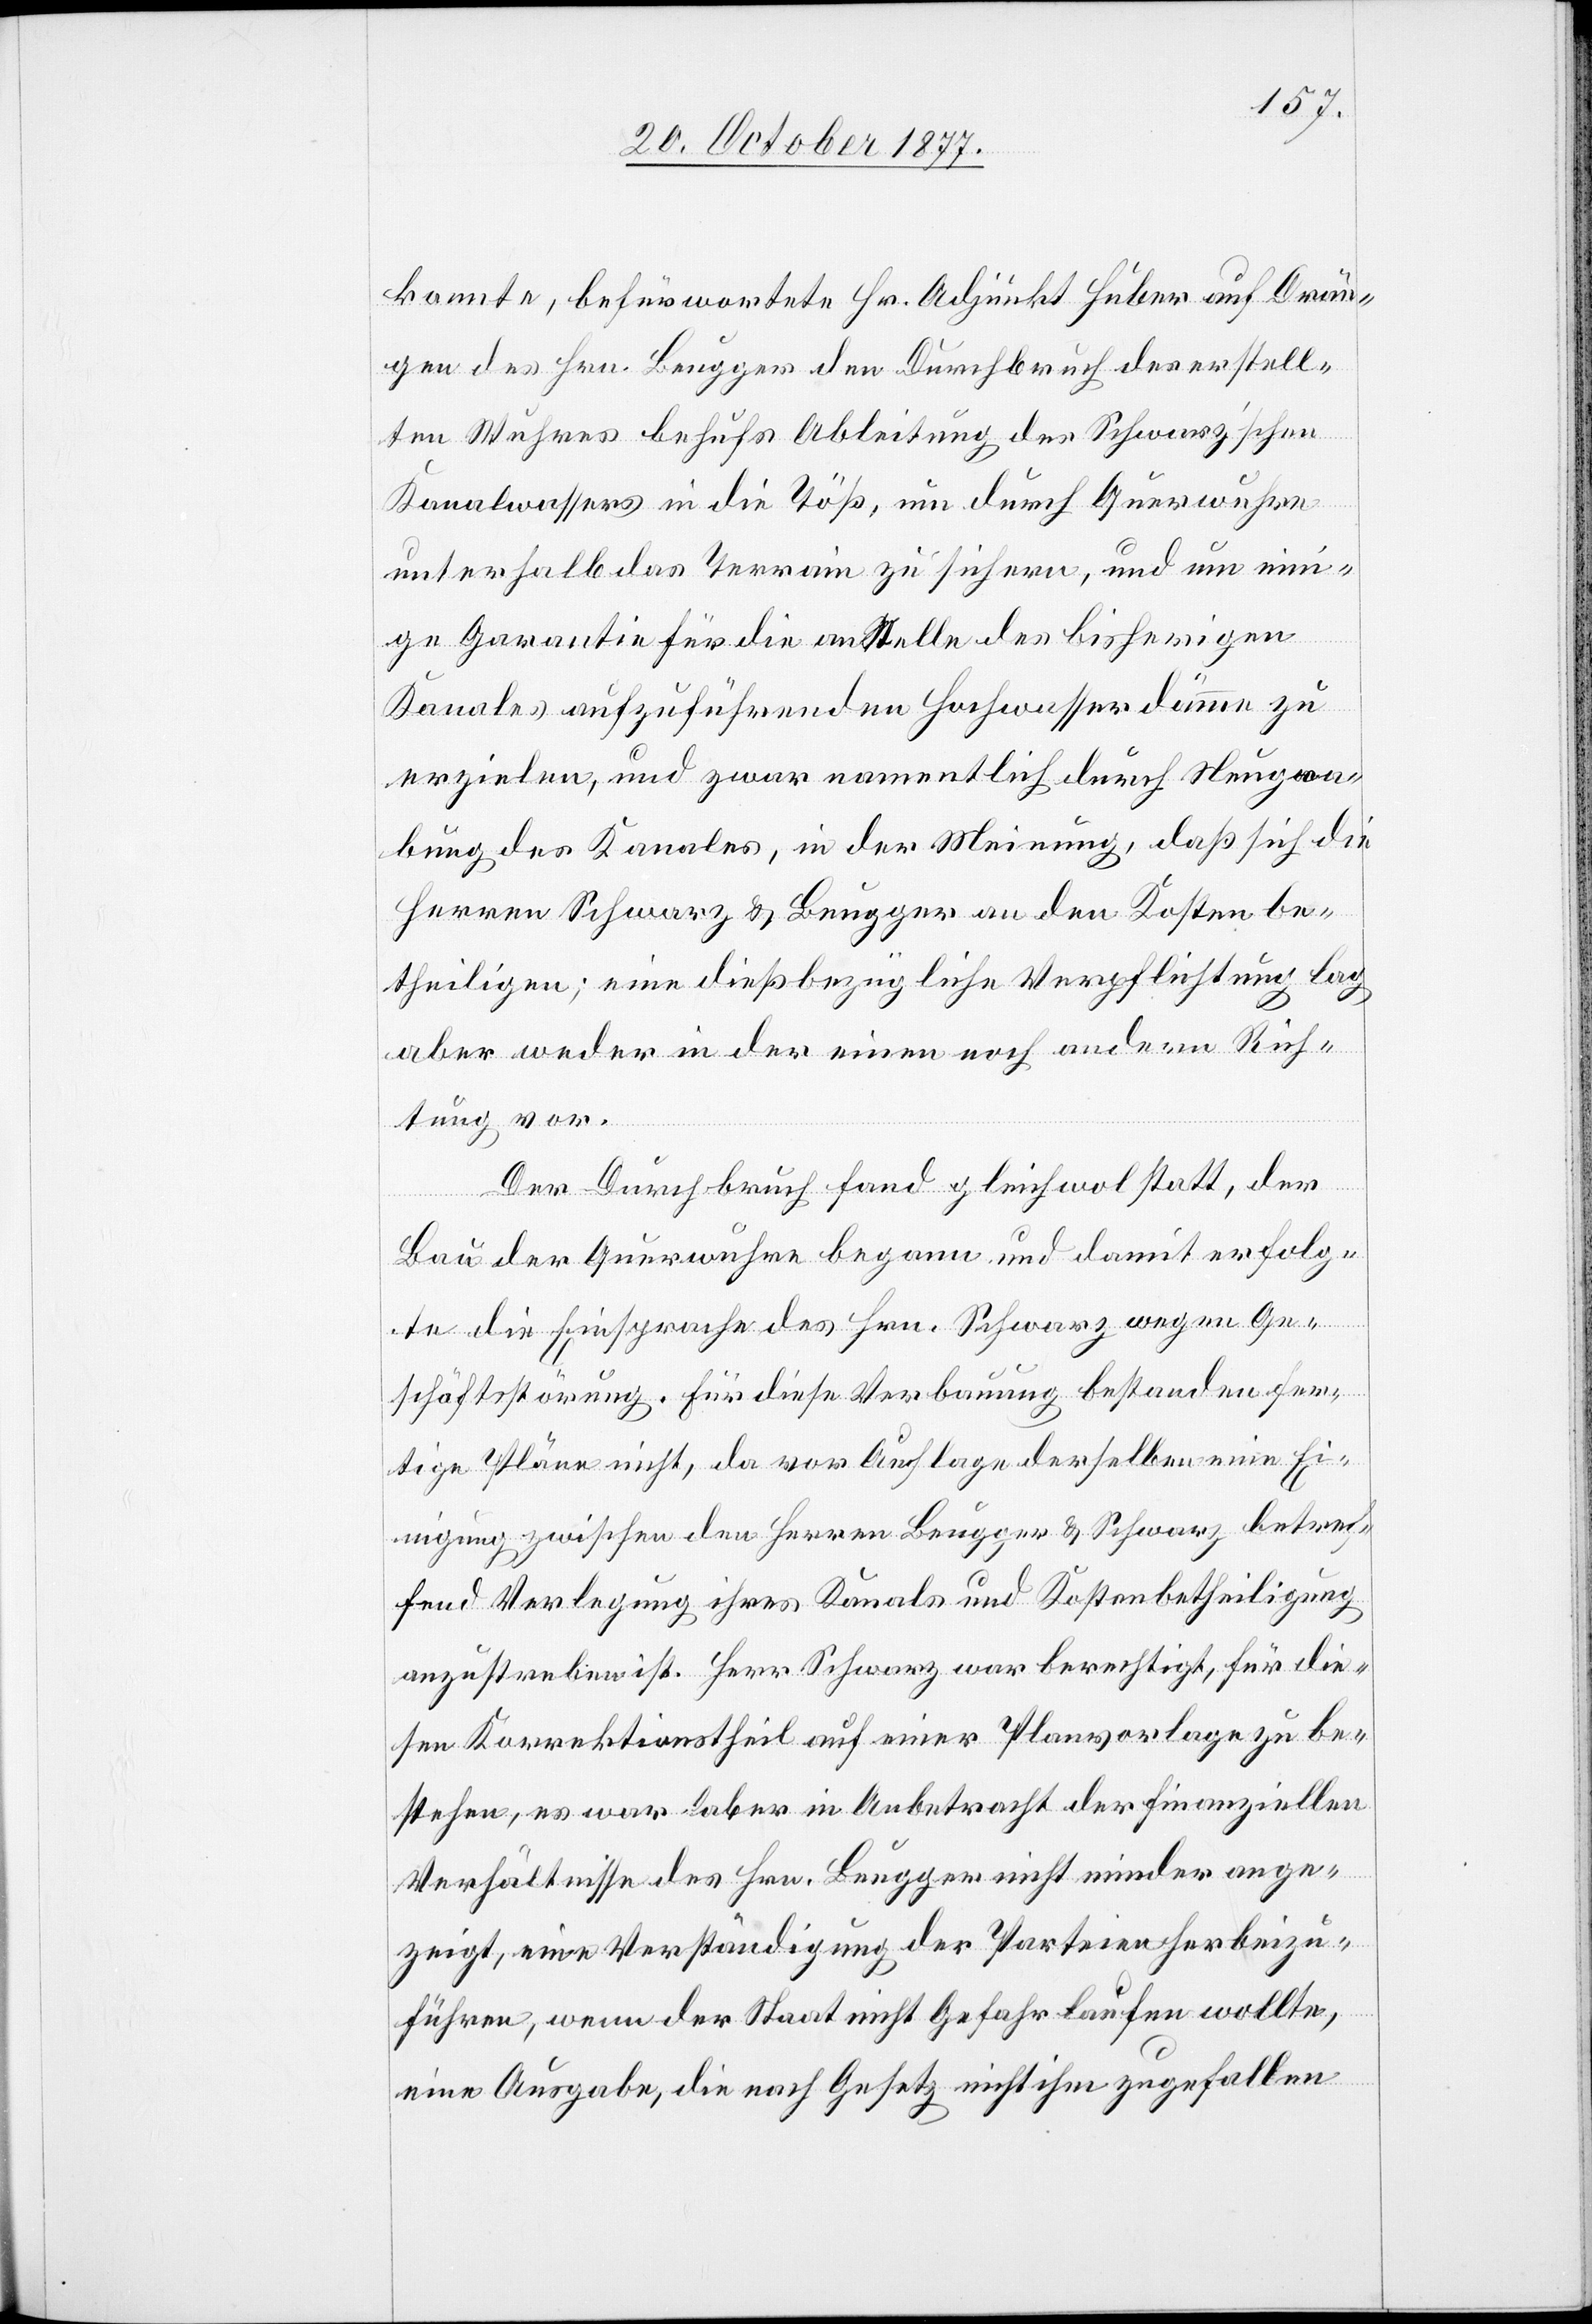
konnte, befürwortete Hr. Adjunkt Huber auf Drän¬
gen des Hrn. Beugger den Durchbruch des erstell¬
ten Wuhres behufs Ableitung des Schwarz’schen
Kanalwassers in die Töß, um durch Querwuhre
unterhalb das Terrain zu sichern, und um ein¬
ige Garantie für die an Stelle des bisherigen
Kanales aufzuführenden Hochwasserdämme zu
erzielen, und zwar namentlich durch Neugra¬
bung des Kanales, in der Meinung, daß sich die
Herren Schwarz & Beugger an den Kosten be¬
theiligen; eine dießbezügliche Verpflichtung lag
aber weder in der einen noch andern Rich¬
tung vor.
Der Durchbruch fand gleichwol statt, der
Bau der Querwuhre begann und damit erfolg¬
te die Einsprache des Hrn. Schwarz wegen Ge¬
schäftsstörung. Für diese Verbauung bestanden fer¬
tige Pläne nicht, da vor Auflage derselben eine Ei¬
nigung zwischen den Herren Beugger & Schwarz betref¬
fend Verlegung ihres Kanals und Kostenbetheiligung
anzustreben ist. Herr Schwarz war berechtigt, für die¬
sen Korrektionstheil auf einer Planvorlage zu be¬
stehen, es war aber in Anbetracht der finanziellen
Verhältnisse des Hrn. Beugger nicht minder ange¬
zeigt, eine Verständigung der Parteien herbeizu¬
führen, wenn der Staat nicht Gefahr laufen wollte,
eine Ausgabe, die nach Gesetz nicht ihm zugefallen